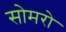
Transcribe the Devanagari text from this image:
सोमरो